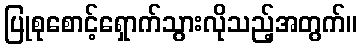
ပြုစုစောင့်ရှောက်သွားလိုသည့်အတွက်။